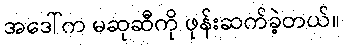
အဒေါ်က မဆုဆီကို ဖုန်းဆက်ခဲ့တယ်။